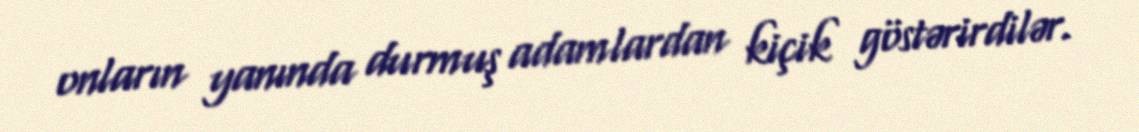
onların yanında durmuş adamlardan kiçik göstərirdilər.